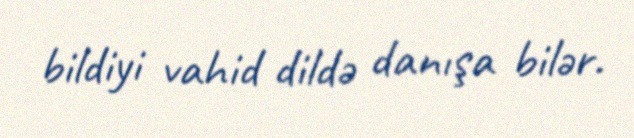
bildiyi vahid dildə danışa bilər.